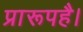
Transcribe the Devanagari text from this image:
प्रारूपहै।